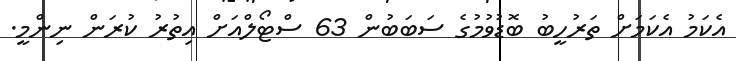
އެކަމު އެކަމަށް ތަރުހީބު ބޮޑުވުމުގެ ސަބަބުން 63 ސްޓޯލްއަށް އިތުރު ކުރަން ނިންމީ.